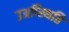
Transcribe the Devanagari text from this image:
उअप्स्थिति